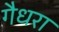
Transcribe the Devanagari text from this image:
गैधरा